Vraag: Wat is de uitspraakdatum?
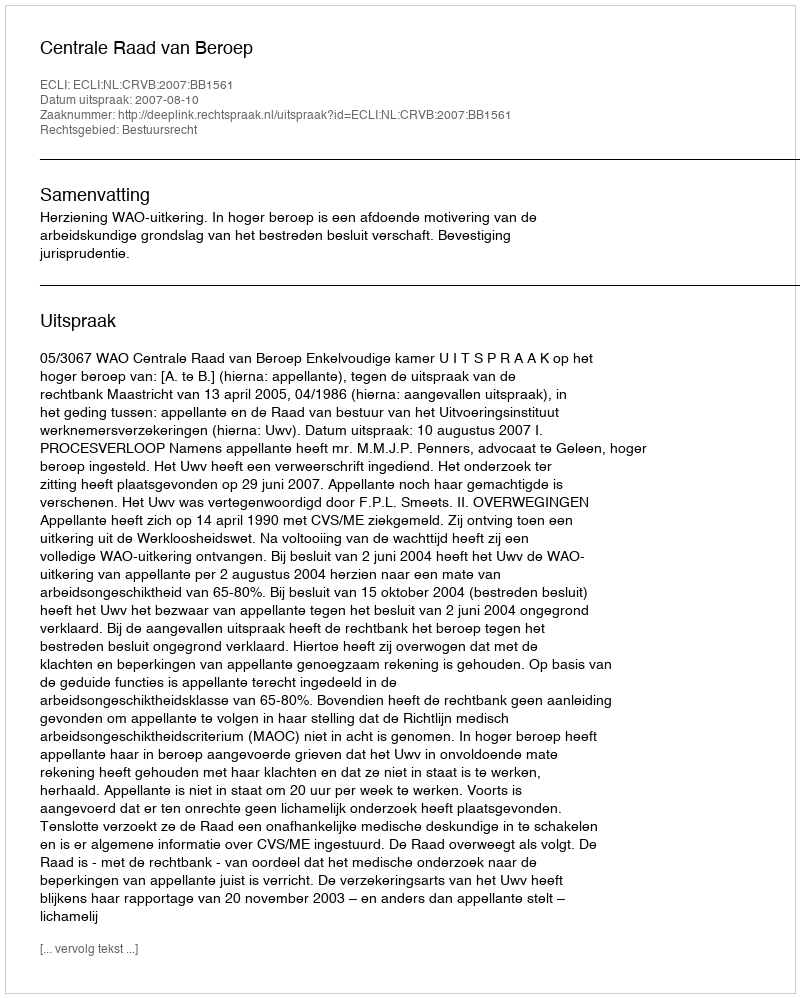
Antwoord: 2007-08-10